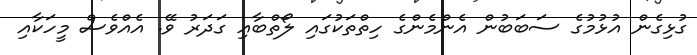
ގުޅިގެން އުޅުމުގެ ސަބަބުން އެންމެންގެ ހިތްތަކުގައި ލޯތްބާއި ގަދަރު ވޭ. އެއްވެސް މީހަކާއި